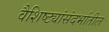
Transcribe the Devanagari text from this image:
वैशिष्ट्यांसंदर्भातील